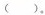
( )。